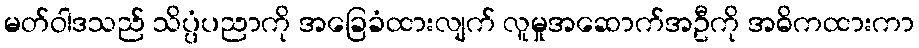
မတ်ဝါဒသည် သိပ္ပံပညာကို အခြေခံထားလျက် လူမှုအဆောက်အဦကို အဓိကထားကာ